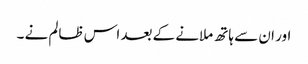
اور ان سے ہاتھ ملانے کے بعد اس ظالم نے ۔